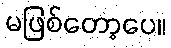
မဖြစ်တော့ပေ။